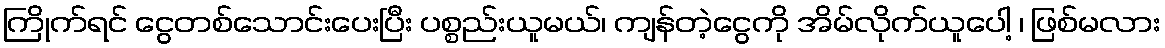
ကြိုက်ရင် ငွေတစ်သောင်းပေးပြီး ပစ္စည်းယူမယ်၊ ကျန်တဲ့ငွေကို အိမ်လိုက်ယူပေါ့ ၊ ဖြစ်မလား